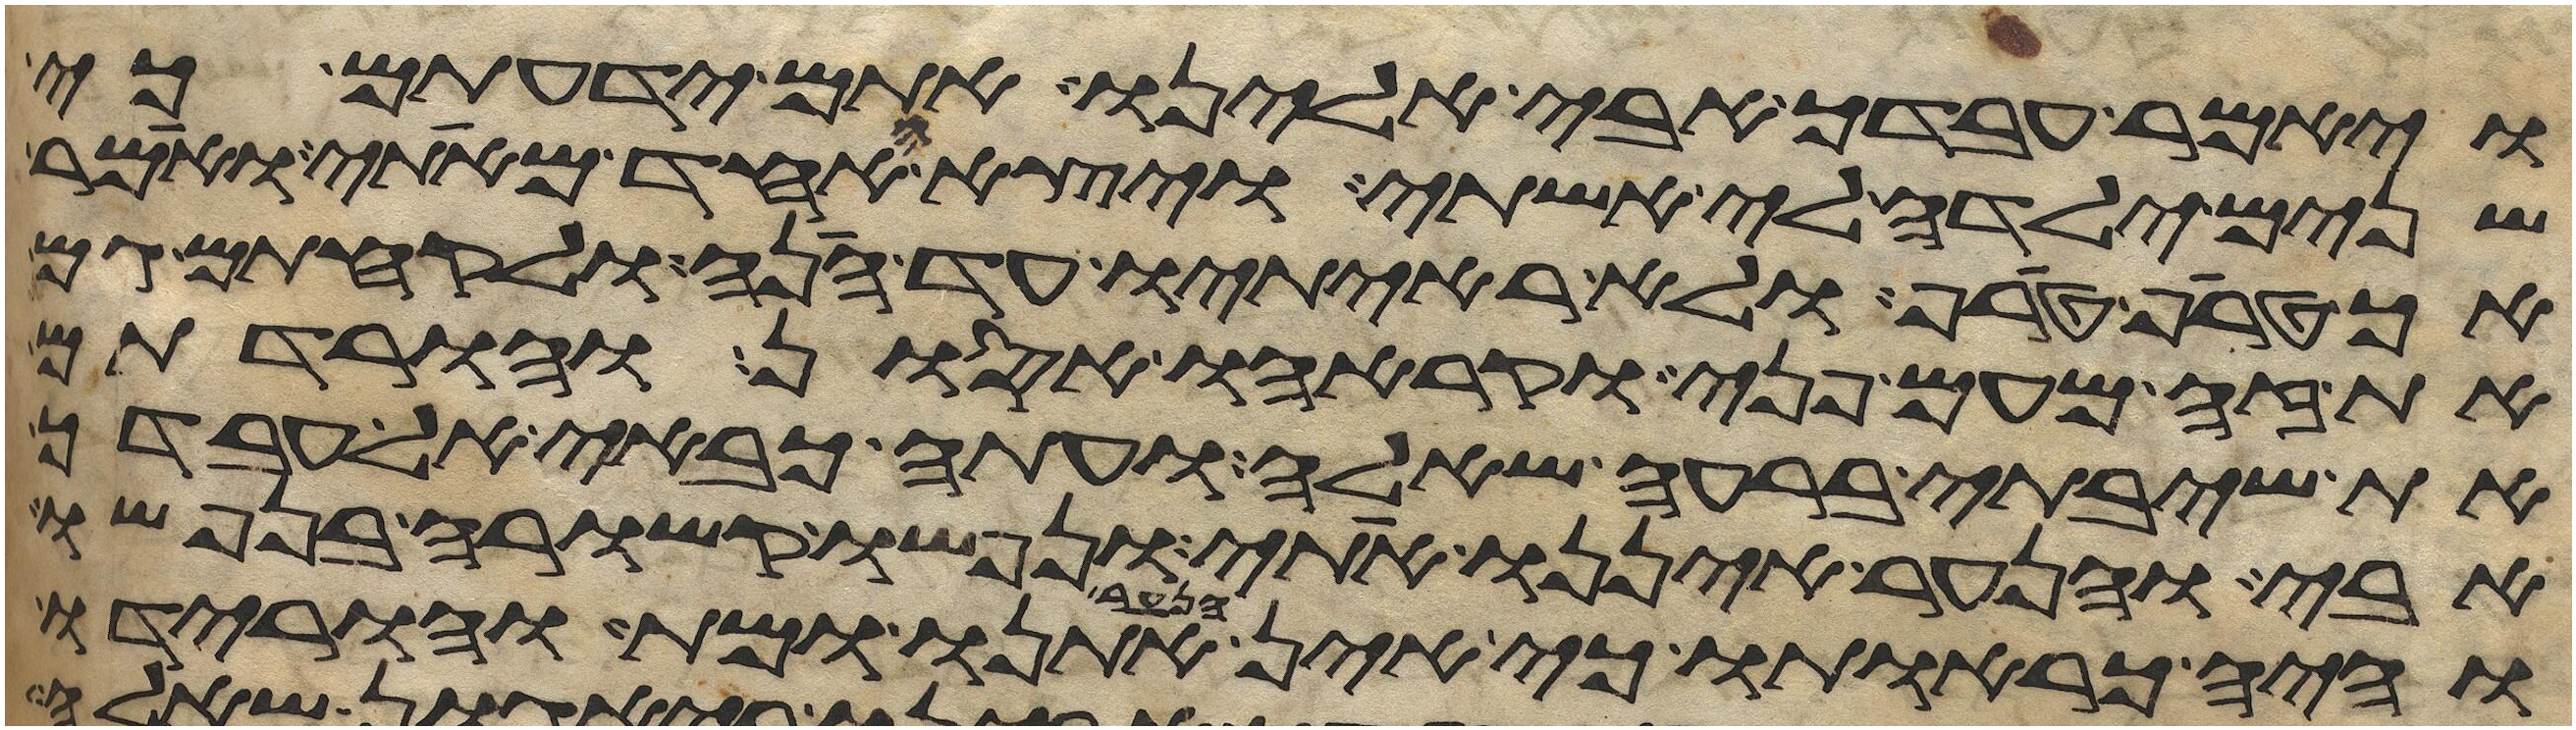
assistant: ויאמר עבדך אבי אלינו אתם ידעתם כי
שנים ילדה לי אשתי ויצא האחד מאתי ואמר
הך טרף טרף ולא ראיתיו עד הנה ולקחתם גם
את זה מעם פני וקראהו אסון והורדתם
את שיבתי ברעה שאלה ועתה כבאי אל עבדך
אבי והנער איננו אתי ונפשו קשורה בנפשו
והיה כראותו כי אין הנער אתנו ומת והורידו